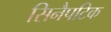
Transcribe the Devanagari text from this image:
सिनैपटिक